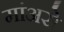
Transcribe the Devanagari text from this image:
मांअसे